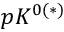
p K ^ { 0 ( * ) }